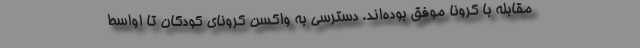
مقابله با کرونا موفق بوده‌اند. دسترسی به واکسن کرونای کودکان تا اواسط